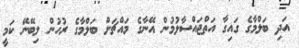
އަދި ބަލްމާގެ ގައިގާ އަތްޖައްސާލުމުން އޭނާގެ މައްޗަށް ބަލްމާގެ ރުހުން ލިބޭނޭ ކަމީ